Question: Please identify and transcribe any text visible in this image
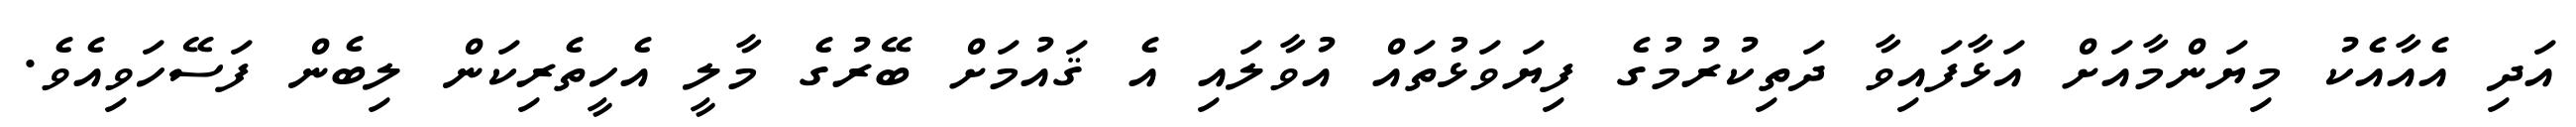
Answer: އަދި އެއާއެކު މިޔަންމާއަށް އަޅާފައިވާ ދަތިކުރުމުގެ ފިޔަވަޅުތައް އުވާލައި އެ ޤައުމަށް ބޭރުގެ މާލީ އެހީތެރިކަން ލިބެން ފަސޭހަވިއެވެ.